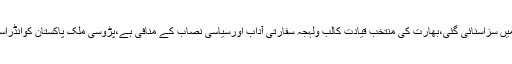
ملزم کوعدل وانصاف کی روشنی میں سزاسنائی گئی،بھارت کی منتخب قیادت کالب ولہجہ سفارتی آداب اورسیاسی نصاب کے منافی ہے،پڑوسی ملک پاکستان کوانڈراسٹیمیٹ کرنے کی حماقت نہ کرے۔